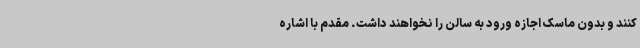
کنند و بدون ماسک اجازه ورود به سالن را نخواهند داشت‌. مقدم با اشاره